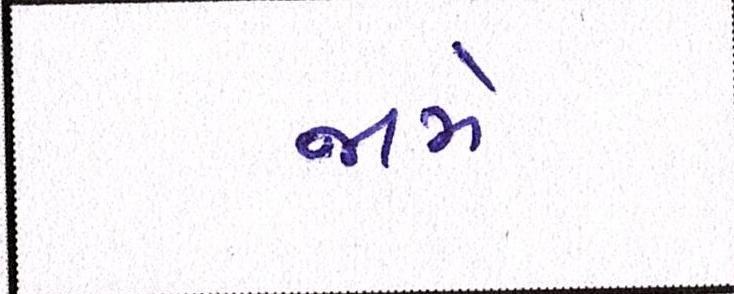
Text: જામે